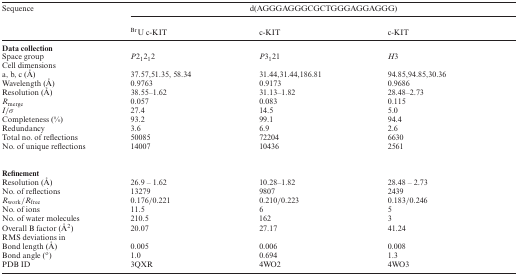
<table><thead><tr><td><b>Sequence</b></td><td colspan="3"><b>d(AGGGAGGGCGCTGGGAGGAGGG)</b></td></tr><tr><td></td><td><b><sup>Br</sup>U c-KIT</b></td><td><b>c-KIT</b></td><td><b>c-KIT</b></td></tr></thead><tbody><tr><td colspan="4"><b>Data collection</b></td></tr><tr><td>Space group</td><td><i>P</i>2<sub>1</sub>2<sub>1</sub>2</td><td><i>P</i>3<sub>1</sub>21</td><td><i>H</i>3</td></tr><tr><td colspan="4">Cell dimensions</td></tr><tr><td>a, b, c (Å)</td><td>37.57,51.35, 58.34</td><td>31.44,31.44,186.81</td><td>94.85,94.85,30.36</td></tr><tr><td>Wavelength (Å)</td><td>0.9763</td><td>0.9173</td><td>0.9686</td></tr><tr><td>Resolution (Å)</td><td>38.55–1.62</td><td>31.13–1.82</td><td>28.48–2.73</td></tr><tr><td><i>R</i><sub>merge</sub></td><td>0.057</td><td>0.083</td><td>0.115</td></tr><tr><td><i>I</i>/<i>σ</i></td><td>27.4</td><td>14.5</td><td>5.0</td></tr><tr><td>Completeness (%)</td><td>93.2</td><td>99.1</td><td>94.4</td></tr><tr><td>Redundancy</td><td>3.6</td><td>6.9</td><td>2.6</td></tr><tr><td>Total no. of reflections</td><td>50085</td><td>72204</td><td>6630</td></tr><tr><td>No. of unique reflections</td><td>14007</td><td>10436</td><td>2561</td></tr><tr><td colspan="4"><b>Refinement</b></td></tr><tr><td>Resolution (Å)</td><td>26.9 – 1.62</td><td>10.28–1.82</td><td>28.48 – 2.73</td></tr><tr><td>No. of reflections</td><td>13279</td><td>9807</td><td>2439</td></tr><tr><td><i>R</i><sub>work</sub>/<i>R</i><sub>free</sub></td><td>0.176/0.221</td><td>0.210/0.223</td><td>0.183/0.246</td></tr><tr><td>No. of ions</td><td>11.5</td><td>6</td><td>5</td></tr><tr><td>No. of water molecules</td><td>210.5</td><td>162</td><td>3</td></tr><tr><td>Overall B factor (Å<sup>2</sup>)</td><td>20.07</td><td>27.17</td><td>41.24</td></tr><tr><td colspan="4">RMS deviations in</td></tr><tr><td>Bond length (Å)</td><td>0.005</td><td>0.006</td><td>0.008</td></tr><tr><td>Bond angle (o)</td><td>1.0</td><td>0.694</td><td>1.3</td></tr><tr><td>PDB ID</td><td>3QXR</td><td>4WO2</td><td>4WO3</td></tr></tbody></table>